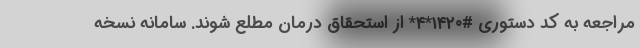
مراجعه به کد دستوری #۱۴۲۰*۴* از استحقاق درمان مطلع شوند. سامانه نسخه